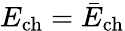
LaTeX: E_{\mathrm{ch}}=\bar{E}_{\mathrm{ch}}